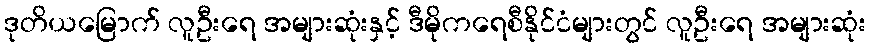
ဒုတိယမြောက် လူဦးရေ အများဆုံးနှင့် ဒီမိုကရေစီနိုင်ငံများတွင် လူဦးရေ အများဆုံး